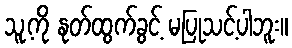
သူ့ကို နုတ်ထွက်ခွင့် မပြုသင့်ပါဘူး။